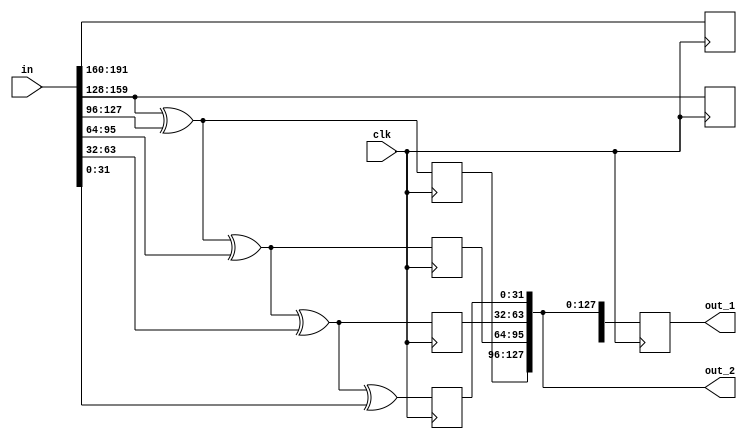
    /* expand k2,k3,k4,k5 for every two clock cycles */
    module expand_key_type_B_192 (clk, in, out_1, out_2);
input              clk;
input      [191:0] in;
output reg [191:0] out_1;
output     [127:0] out_2;
wire       [31:0]  k0, k1, k2, k3, k4, k5,
           v2, v3, v4, v5;
reg        [31:0]  k0a, k1a, k2a, k3a, k4a, k5a;

assign {k0, k1, k2, k3, k4, k5} = in;

assign v2 = k1 ^ k2;
assign v3 = v2 ^ k3;
assign v4 = v3 ^ k4;
assign v5 = v4 ^ k5;

always @ (posedge clk)
    {k0a, k1a, k2a, k3a, k4a, k5a} <= {k0, k1, v2, v3, v4, v5};

always @ (posedge clk)
    out_1 <= {k0a, k1a, k2a, k3a, k4a, k5a};

assign out_2 = {k2a, k3a, k4a, k5a};
endmodule